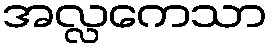
အလ္လကေသာ